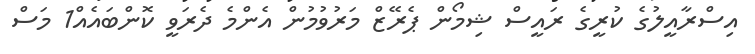
އިސްރާއީލުގެ ކުރީގެ ރައީސް ޝިމޯން ޕެރޭޒް މަރުވުމުން އެންމެ ދެރަވީ ކޮންބައެއް1 މަސް